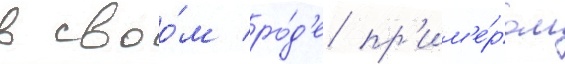
в своо́м ро́д'е пр'им'е́ром